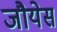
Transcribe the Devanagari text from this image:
जौयेस